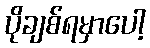
ပိုချစ်ရမှာပေါ့